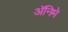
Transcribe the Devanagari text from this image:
अॅनिमे